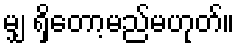
မျှ ရှိတော့မည်မဟုတ်။